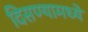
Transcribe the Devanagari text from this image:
दिसण्यामध्ये